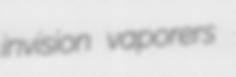
invision vaporers